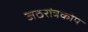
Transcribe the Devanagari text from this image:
जठरांत्रकोप